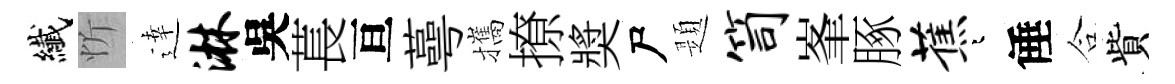
纎忻逹淋吳萇亘蕚攜撩奬尸題笥峯䐁蕉迢倕合貲